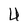
Character: U